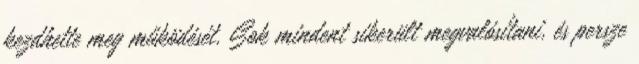
kezdhette meg működését. Sok mindent sikerült megvalósítani, és persze